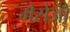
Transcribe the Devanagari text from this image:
मैसेजों